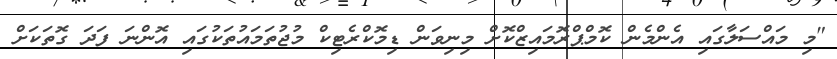
"މި މައްސަލާގައި އެންމެން ކޮމްޕްރޮމައިޒްކޮށް މިނިވަން ޑިމޮކްރެޓިކް މުޖުތަމައުތަކުގައި އޮންނަ ފަދަ ގޮތަކަށް